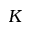
K